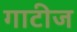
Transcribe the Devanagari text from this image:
गाटीज